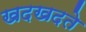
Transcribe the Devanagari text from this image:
खदखदते